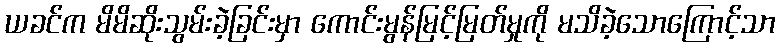
ယခင်က မိမိဆိုးသွမ်းခဲ့ခြင်းမှာ ကောင်းမွန်မြင့်မြတ်မှုကို မသိခဲ့သောကြောင့်သာ